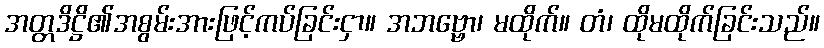
အတ္တဒိဋ္ဌိ၏အစွမ်းအားဖြင့်ကပ်ခြင်းငှာ။ အဘဗ္ဗော၊ မထိုက်။ တံ၊ ထိုမထိုက်ခြင်းသည်။